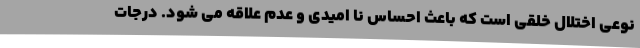
نوعی اختلال خلقی است که باعث احساس نا امیدی و عدم علاقه می شود. درجات